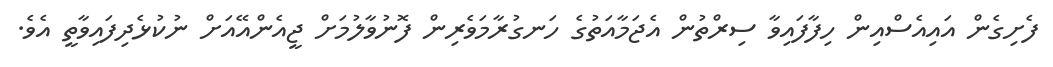
ފެށިގެން އައިއެސްއިން ހިފާފައިވާ ސިރްތުން އެޖަމާއަތުގެ ހަނގުރާމަވެރިން ފޮނުވާލުމަށް ޖީއެންއޭއަށް ނުކުޅެދިފައިވާތީ އެވެ.